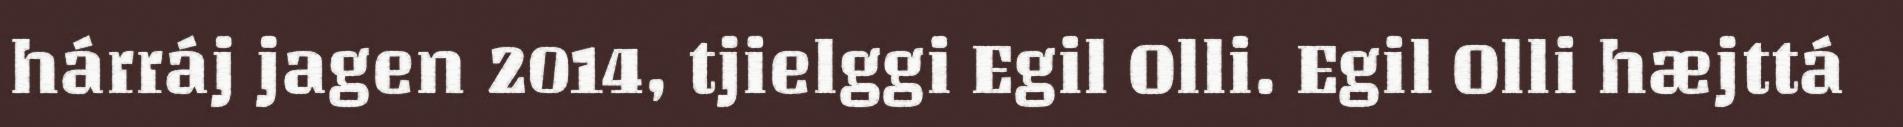
hárráj jagen 2014, tjielggi Egil Olli. Egil Olli hæjttá